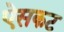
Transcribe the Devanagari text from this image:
ऐसकट